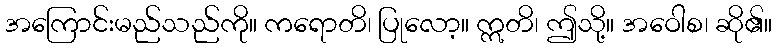
အကြောင်းမည်သည်ကို။ ကရောတိ၊ ပြုလော့။ ဣတိ၊ ဤသို့။ အဝေါစ၊ ဆို၏။